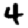
Digit: 4